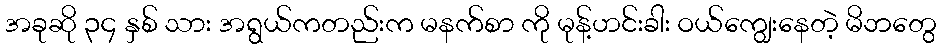
အခုဆို ၃၄ နှစ် သား အရွယ်ကတည်းက မနက်စာ ကို မုန့်ဟင်းခါး ဝယ်ကျွေးနေတဲ့ မိဘတွေ